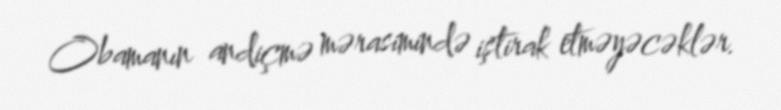
Obamanın andiçmə mərasimində iştirak etməyəcəklər.